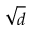
\sqrt { d }